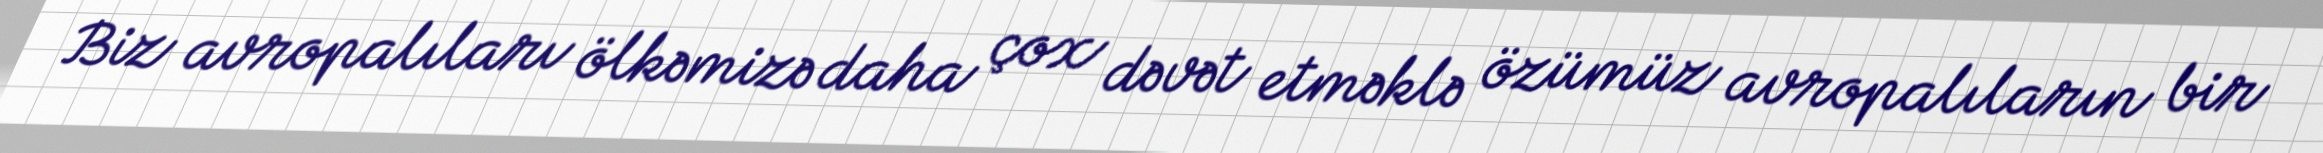
Biz avropalıları ölkəmizə daha çox dəvət etməklə özümüz avropalıların bir